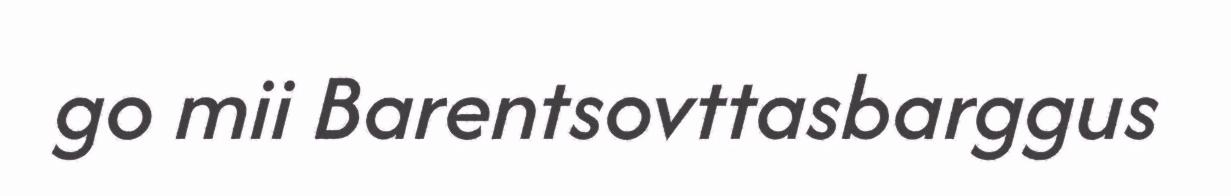
go mii Barentsovttasbarggus